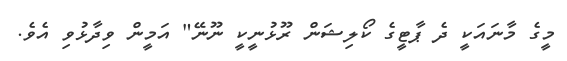
މީގެ މާނައަކީ ދެ ޕާޓީގެ ކޯލިޝަން ރޫޅުނީކީ ނޫނޭ" އަމީން ވިދާޅުވި އެވެ.